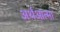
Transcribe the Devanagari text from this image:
अर्थआत्मा